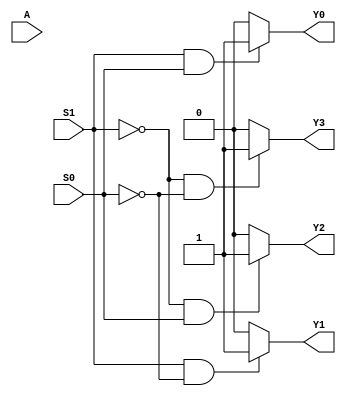
module demux(
    input wire S1, S0,
    input wire [1:0] A,
    output wire Y0, Y1, Y2, Y3
);

// Decoder logic
assign S0 = A[0];
assign S1 = A[1];

// Mux logic
assign Y0 = (S1 & S0) ? 1'b1 : 1'b0;
assign Y1 = (S1 & ~S0) ? 1'b1 : 1'b0;
assign Y2 = (~S1 & S0) ? 1'b1 : 1'b0;
assign Y3 = (~S1 & ~S0) ? 1'b1 : 1'b0;

endmodule